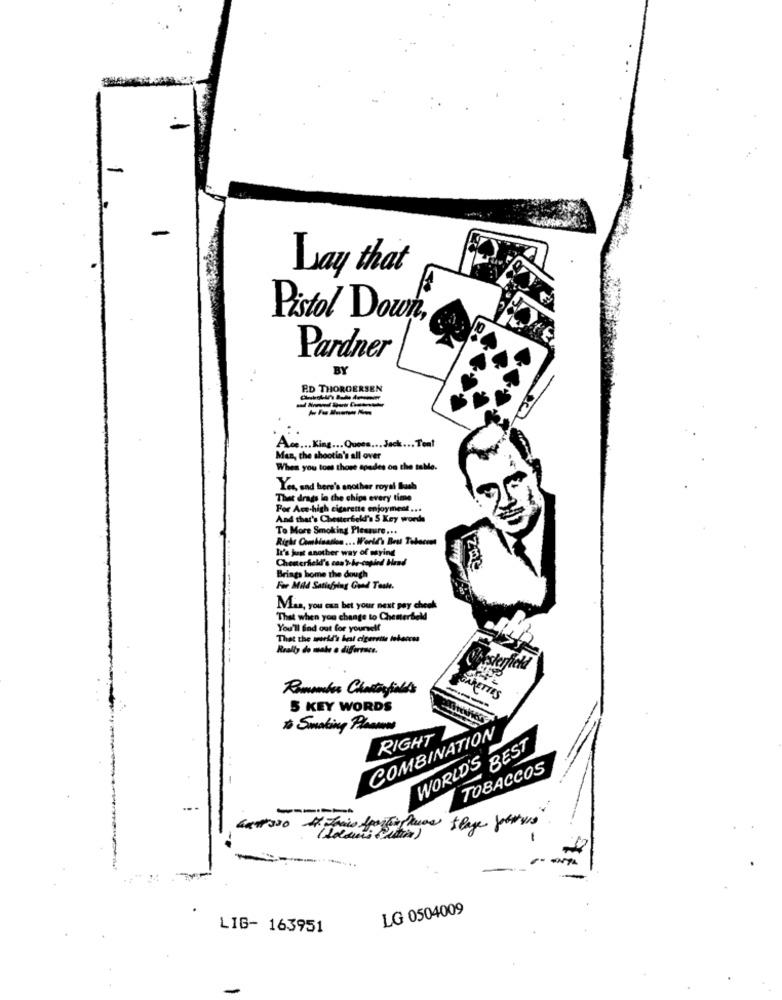
-
Lay that
Pistol Down
Pardner
BY
ED THORGERSEN
----
Ace ... King ... Quees ... Jack ... Tent
Mas, the shootin's all over
When you toms those apodes on the table.
Yes, and here's another royal flush
Thet drags in the chips every time
Por Ace-high cigarette enjoyment ...
And that's Chesterfield's S Key words
To More Smoking Pleasure ...
Righe Combination ... World's Best Tobacon
It's just another way of saying
Chenerheld's can y-be-copied Head
Brings home the dough
Far Mild Satisfying Good Taste.
Min, you can bet your next pay check
That when you change to Chesterfield
You'll find out for yourself
That the world's best cigarette tobaccss
Really do make a difference.
Besterficha
Remember Chartistales
GARETTES
5 KEY WORDS
& Smoking Plasmas
COMBINATION
RIGHT
WORLD'S BEST
TOBACCOS
---
LG 0504009
LIG- 163951